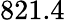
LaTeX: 821.4